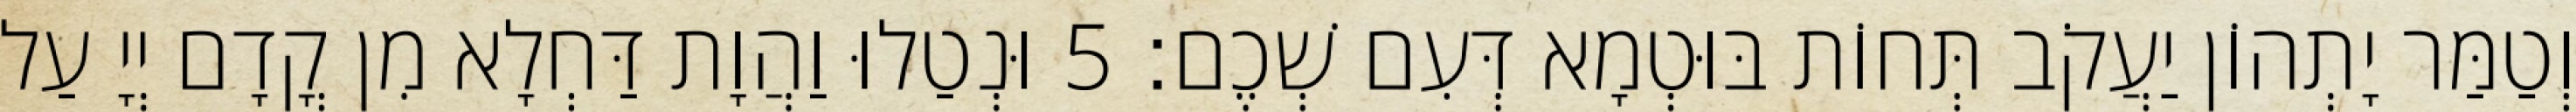
וְטַמַּר יָתְהוֹן יַעֲקֹב תְּחוֹת בּוּטְמָא דְּעִם שְׁכֶם׃ 5 וּנְטַלוּ וַהֲוָת דַּחְלָא מִן קֳדָם יְיָ עַל